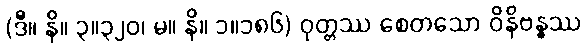
(ဒီ။ နိ။ ၃။၃၂၀၊ မ။ နိ။ ၁။၁၈၆) ဝုတ္တဿ စေတသော ဝိနိဗန္ဓဿ